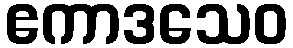
ဧကာဒသေဝ